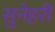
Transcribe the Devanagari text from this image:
सुनेहरी